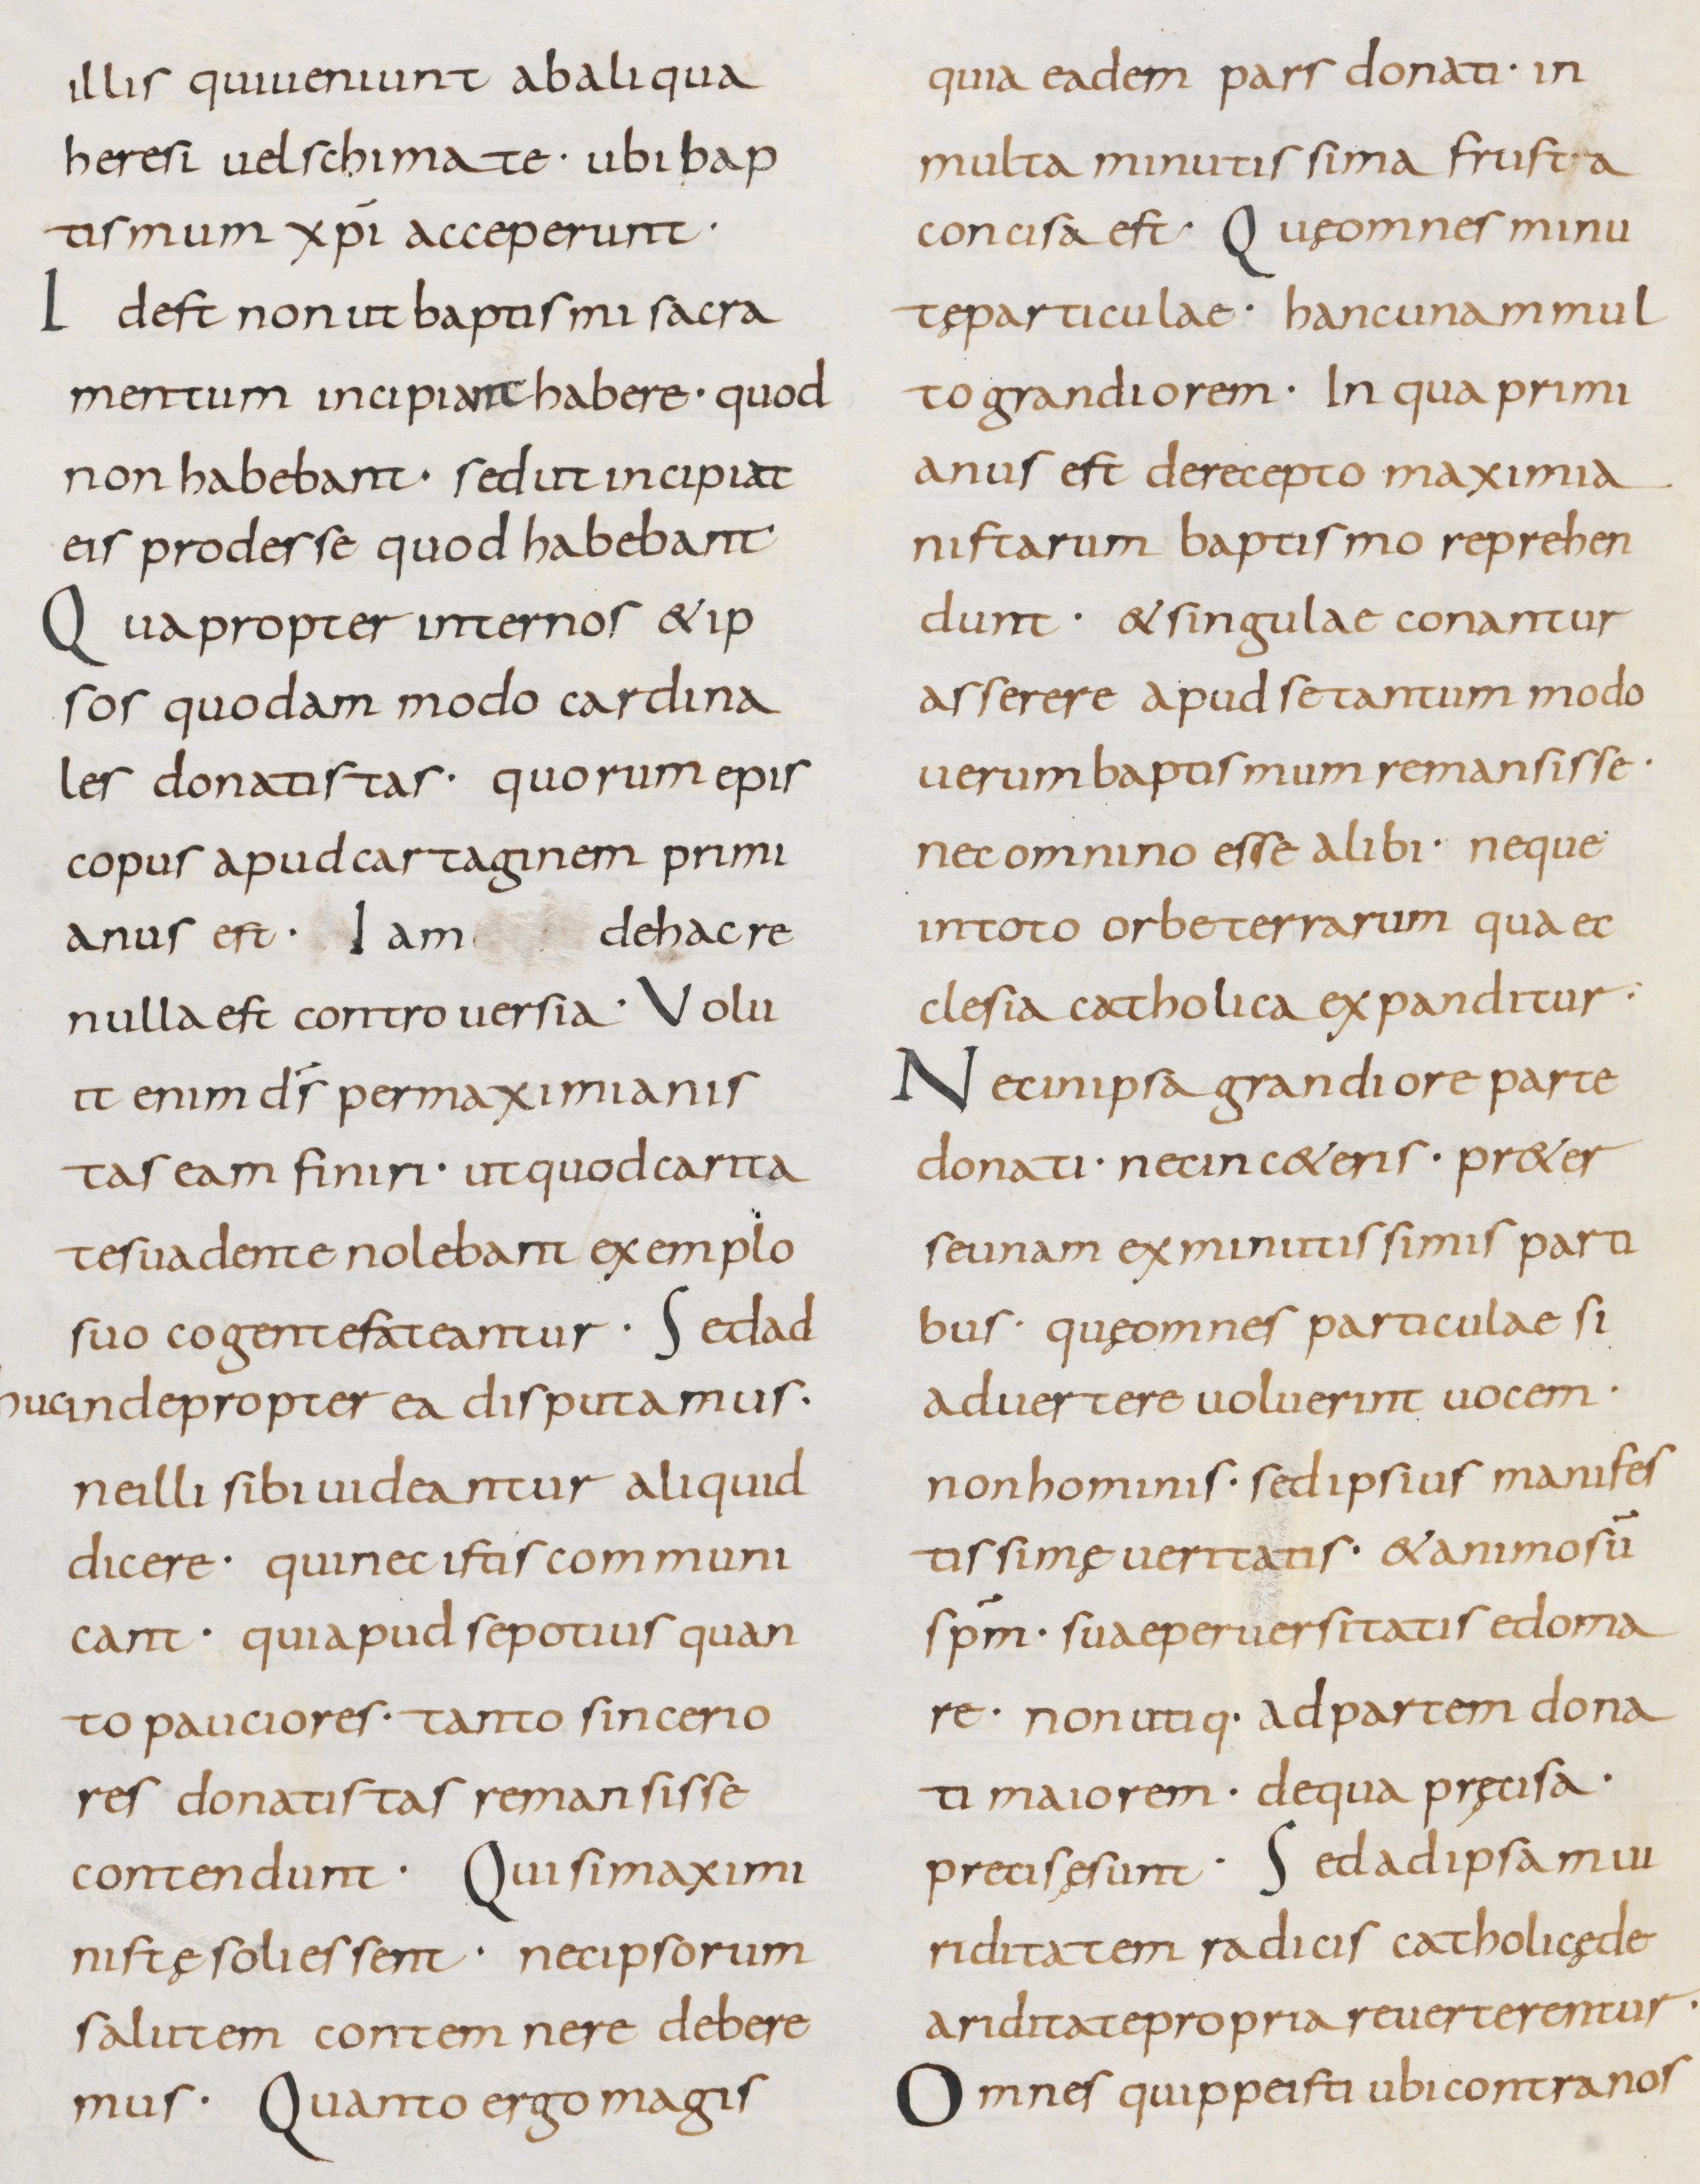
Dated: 800–899